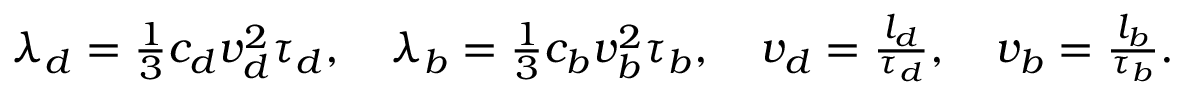
\begin{array} { r } { \lambda _ { d } = \frac { 1 } { 3 } c _ { d } v _ { d } ^ { 2 } \tau _ { d } , \quad \lambda _ { b } = \frac { 1 } { 3 } c _ { b } v _ { b } ^ { 2 } \tau _ { b } , \quad v _ { d } = \frac { l _ { d } } { \tau _ { d } } , \quad v _ { b } = \frac { l _ { b } } { \tau _ { b } } . } \end{array}